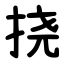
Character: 挠